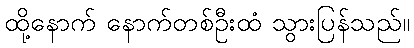
ထို့နောက် နောက်တစ်ဦးထံ သွားပြန်သည်။